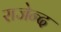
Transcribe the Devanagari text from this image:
राजेन्द